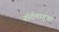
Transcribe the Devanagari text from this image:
नॉर्दलागूना